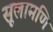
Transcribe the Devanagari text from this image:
सूलामणि